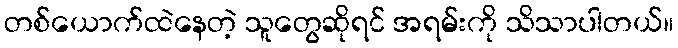
တစ်ယောက်ထဲနေတဲ့ သူတွေဆိုရင် အရမ်းကို သိသာပါတယ်။